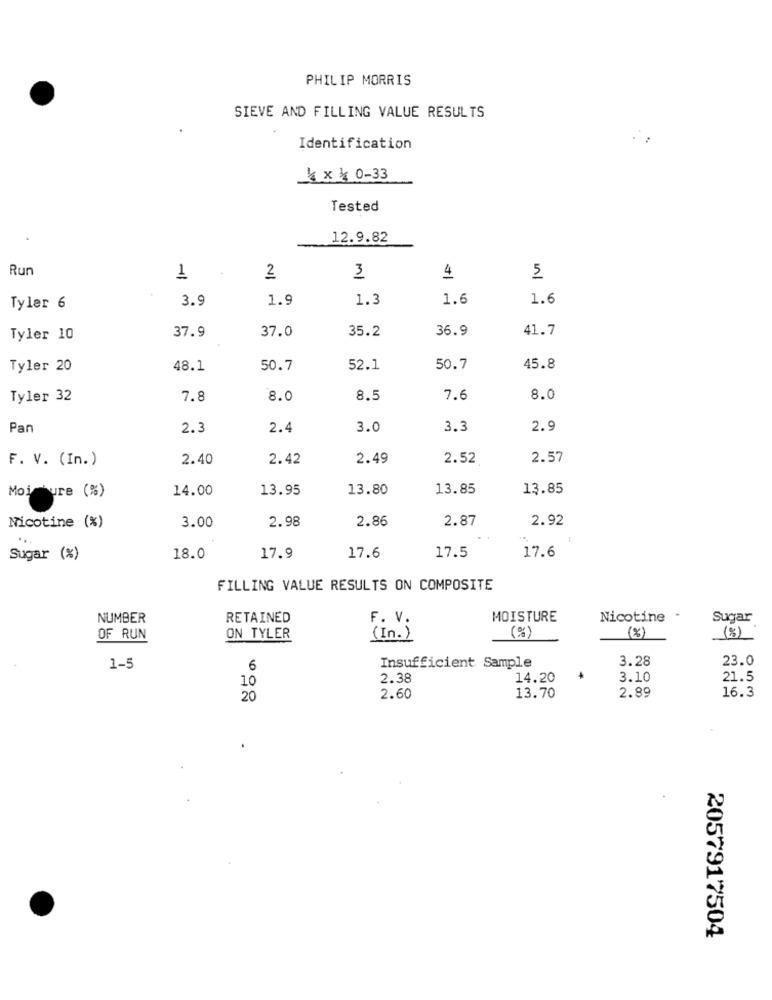
PHILIP MORRIS
SIEVE AND FILLING VALUE RESULTS
Identification
{ x } 0-33
Tested
12.9.82
Run
1
2
3
4
5
3.9
1.9
1.3
1.6
1.6
Tyler 6
37.9
37.0
36.9
41.7
Tyler 10
35.2
Tyler 20
48.1
50.7
52.1
50.7
45.8
Tyler 32
7.8
8.0
8.5
7.6
3.0
Pan
2.3
2.4
3.0
3.3
2.9
F. V. (In.)
2.40
2.42
2.49
2.52
2.57
Moi bure (%)
14.00
13.95
13.80
13.85
13.85
2.98
2.86
2.87
2.92
Nicotine (%)
3.00
...
Sugar (%)
18.0
17.9
17.6
17.5
17.6
FILLING VALUE RESULTS ON COMPOSITE
NUMBER
RETAINED
F. V.
MOISTURE
Nicotine .
Sugar
OF RUN
ON TYLER
(In.)
(%)
(%)
(%)
3.28
23.0
1-5
6
Insufficient Sample
10
2.38
14.20
4
3.10
21.5
2.89
16.3
20
2.60
13.70
2057917504